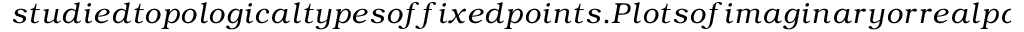
s t u d i e d t o p o l o g i c a l t y p e s o f f i x e d p o i n t s . P l o t s o f i m a g i n a r y o r r e a l p a r t o f e i g e n v a l u e s i n E q . (